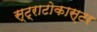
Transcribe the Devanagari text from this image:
स्ट्राटोकास्टर